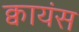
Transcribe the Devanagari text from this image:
क्वायंस